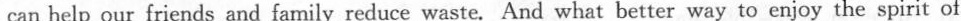
can help our friends and family reduce waste. And what better way to enjoy the spirit of